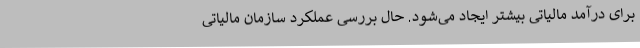
برای درآمد مالیاتی بیشتر ایجاد می‌شود. حال بررسی عملکرد سازمان مالیاتی